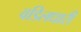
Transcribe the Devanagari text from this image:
वडिलधारी